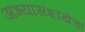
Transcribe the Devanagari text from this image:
अभ्यासशाखेचा